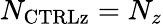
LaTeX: N_{\mathrm{{CTRLz}}}=N_{z}